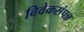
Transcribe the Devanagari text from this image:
विवेकसंपन्न